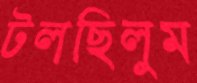
টলছিলুম